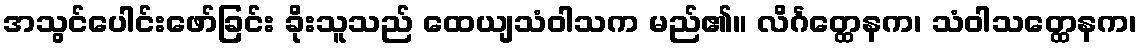
အသွင်ပေါင်းဖော်ခြင်း ခိုးသူသည် ထေယျသံဝါသက မည်၏။ လိင်္ဂတ္ထေနက၊ သံဝါသတ္ထေနက၊